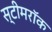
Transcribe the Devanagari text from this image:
स्टीमरॉक